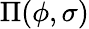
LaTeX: \Pi(\phi,\sigma)